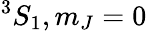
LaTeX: ^3S_{1},m_{J}=0